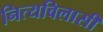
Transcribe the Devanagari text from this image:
नित्यविलासी